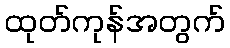
ထုတ်ကုန်အတွက်